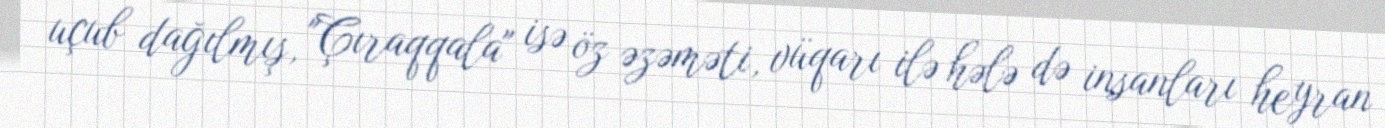
uçub dağılmış, "Çıraqqala" isə öz əzəməti, vüqarı ilə hələ də insanları heyran